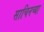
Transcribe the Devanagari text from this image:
साचिनच्या